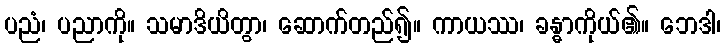
ပညံ၊ ပညာကို။ သမာဒိယိတွာ၊ ဆောက်တည်၍။ ကာယဿ၊ ခန္ဓာကိုယ်၏။ ဘေဒါ၊